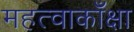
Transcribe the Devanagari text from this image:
महत्वाकाँक्षा